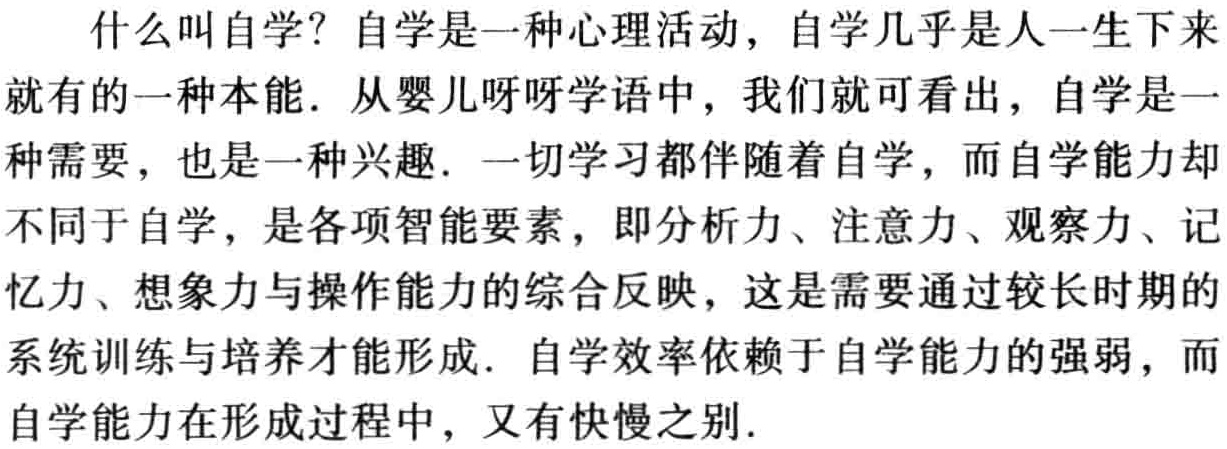
什么叫自学？自学是一种心理活动，自学几乎是人一生下来就有的一种本能. 从婴儿呀呀学语中，我们就可看出，自学是一种需要，也是一种兴趣. 一切学习都伴随着自学，而自学能力却不同于自学，是各项智能要素，即分析力、注意力、观察力、记忆力、想象力与操作能力的综合反映，这是需要通过较长时期的系统训练与培养才能形成. 自学效率依赖于自学能力的强弱，而自学能力在形成过程中，又有快慢之别.